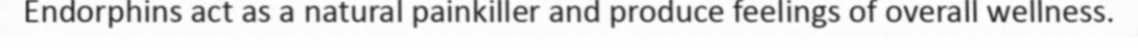
Endorphins act as a natural painkiller and produce feelings of overall wellness.